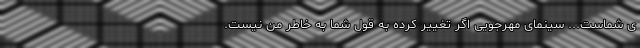
ی شماست... سینمای مهرجویی اگر تغییر کرده به قول شما به خاطر من نیست.